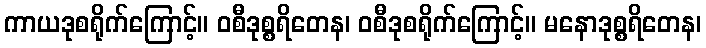
ကာယဒုစရိုက်ကြောင့်။ ဝစီဒုစ္စရိတေန၊ ဝစီဒုစရိုက်ကြောင့်။ မနောဒုစ္စရိတေန၊